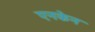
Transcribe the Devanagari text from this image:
एनकेन